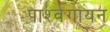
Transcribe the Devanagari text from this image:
पार्श्‍वगायन